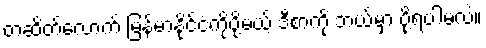
တဆိတ်လောက် မြန်မာနိုင်ငံကိုပို့မယ့် ဒီစာကို ဘယ်မှာ ပို့ရပါမလဲ။